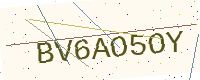
Text: BV6AO5OY